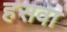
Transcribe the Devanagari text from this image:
हसवा